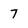
Character: 7